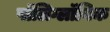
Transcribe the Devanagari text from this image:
पॉलिग्लॉनिक